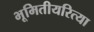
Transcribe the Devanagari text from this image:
भूमितीयरित्या